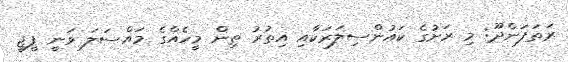
ރަތަފަންދޫ: މި ރަށުގެ ކައުންސިލަރަކާއި އިތުރު ތިން މީހެއްގެ މައްސަލަ ވަނީ ޕީޖީ